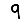
Digit: 9